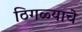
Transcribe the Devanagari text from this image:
ठिगळ्याचे